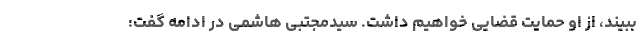
ببیند، از او حمایت قضایی خواهیم داشت. سیدمجتبی هاشمی در ادامه گفت: